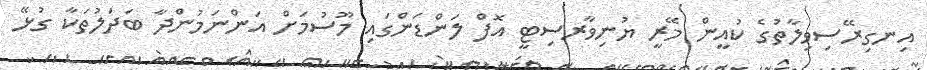
އިނގިރޭސިވިލާތުގެ ކުއީން މޭރީ ޔުނިވާރސިޓީ އޮފް ލަންޑަންގައި މޫސުމަށް އަންނަމުންދާ ބަދަލުތަކާ ގުޅޭ